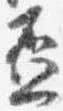
盃